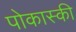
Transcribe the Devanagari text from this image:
पोकास्की